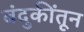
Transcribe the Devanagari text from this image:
बंदुकींतून